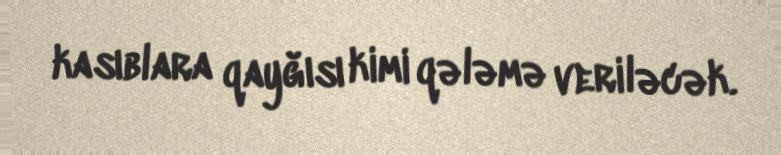
kasıblara qayğısı kimi qələmə veriləcək.